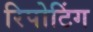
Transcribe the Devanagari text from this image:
रिपोटिंग